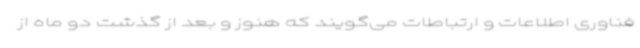
فناوری اطلاعات و ارتباطات می‌گویند که هنوز و بعد از گذشت دو ماه از